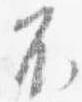
不